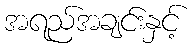
အရည်အချင်းနှင့်